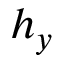
h _ { y }